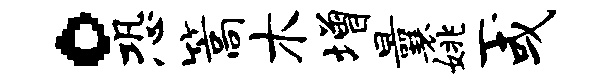
。恐篙木增曩姚一或